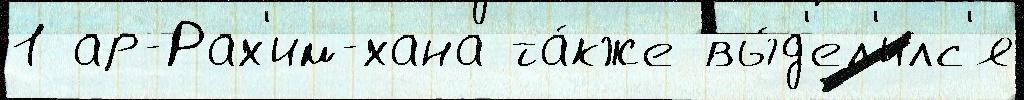
1 ар-Рах'им-хана та́кже вы́д'ел'илс'я